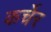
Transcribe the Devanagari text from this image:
कर्चेर